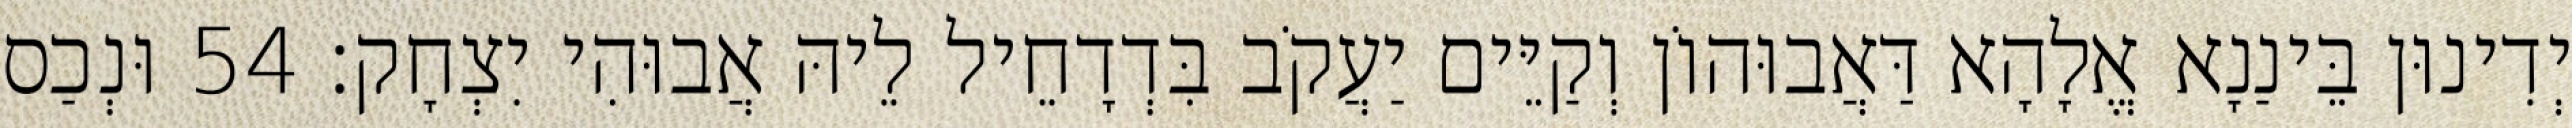
יְדִינוּן בֵּינַנָא אֱלָהָא דַּאֲבוּהוֹן וְקַיֵּים יַעֲקֹב בִּדְדָחֵיל לֵיהּ אֲבוּהִי יִצְחָק׃ 54 וּנְכַס